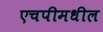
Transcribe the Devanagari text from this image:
एचपीमधील